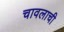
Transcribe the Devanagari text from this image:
चावलाची